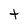
Character: t